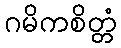
ဂမိကစိတ္တံ